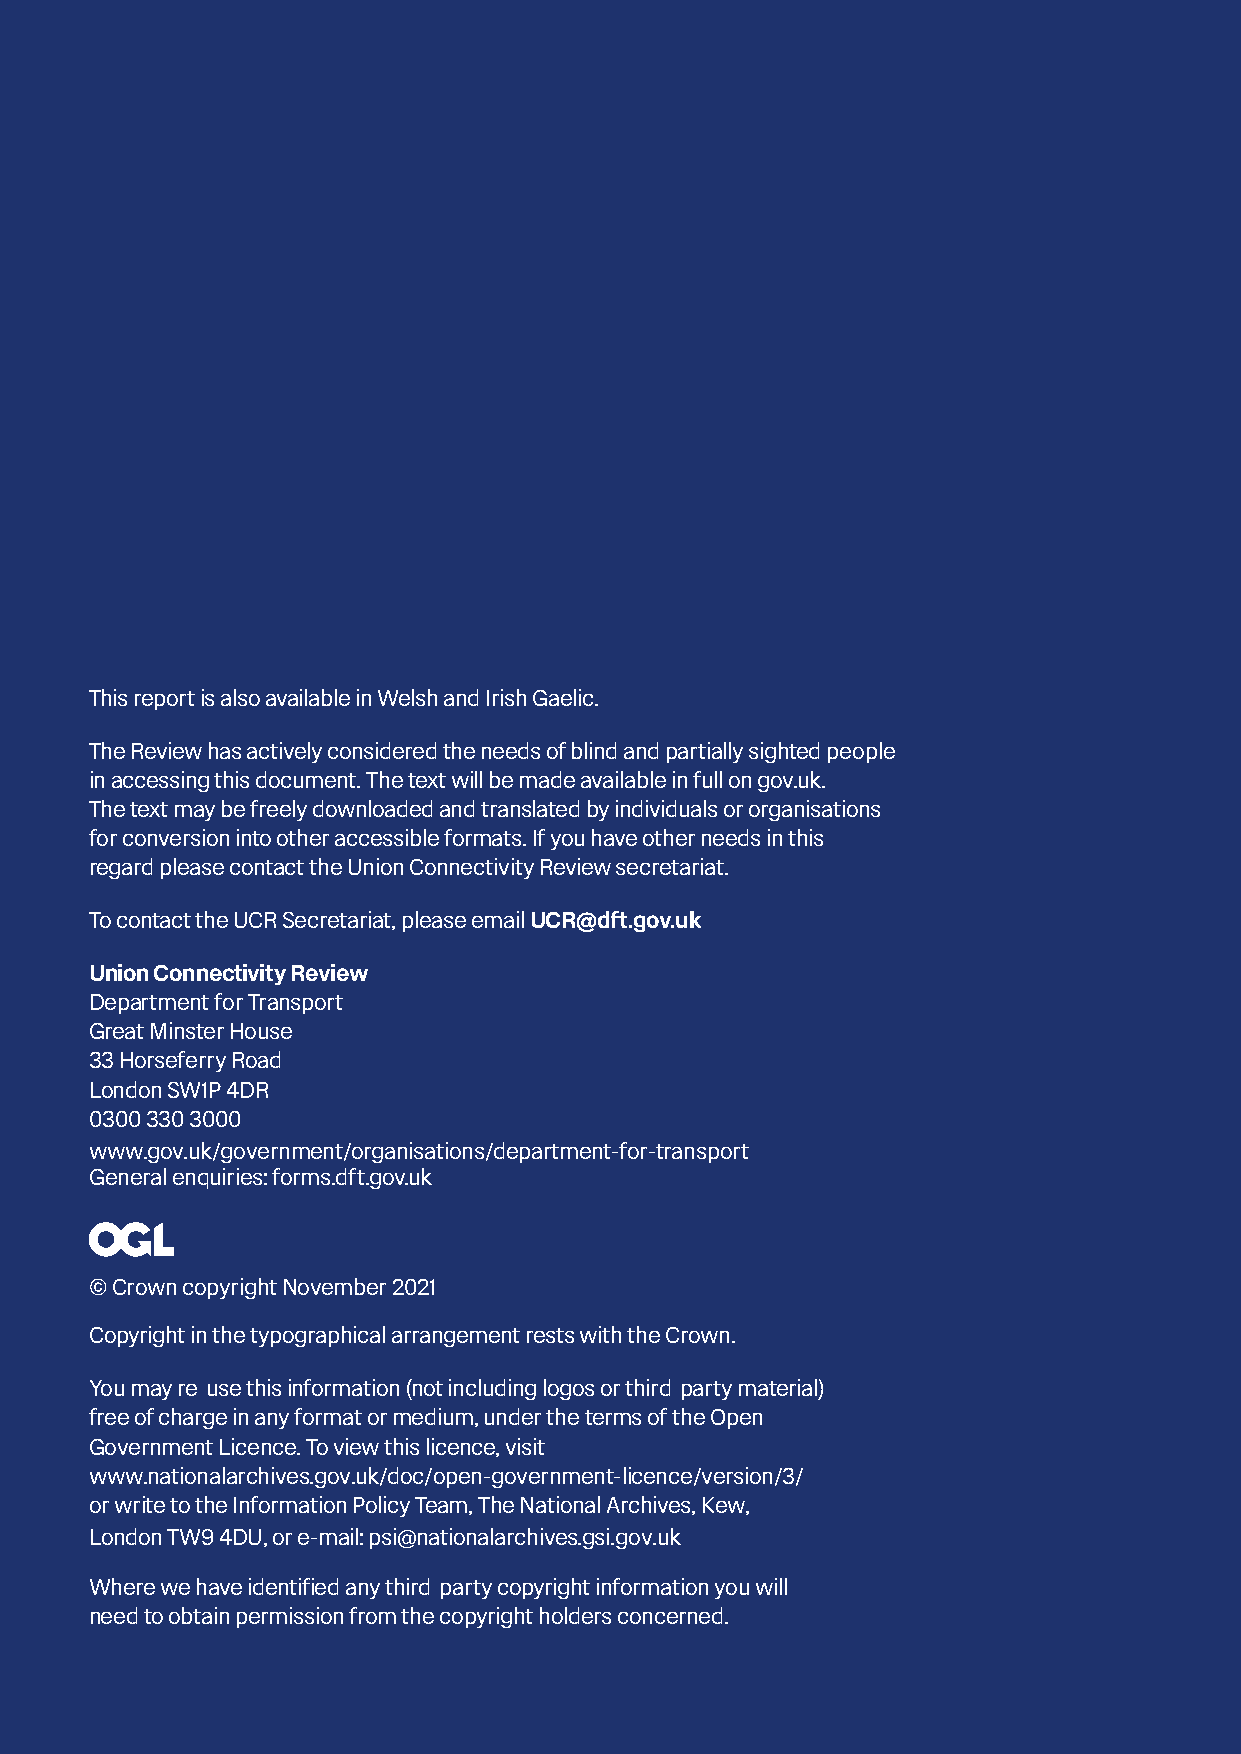
This report is also available in Welsh and Irish Gaelic.
 The Review has actively considered the needs of blind and partially sighted people
 in accessing this document. The text will be made available in full on gov.uk.
 The text may be freely downloaded and translated by individuals or organisations
 for conversion into other accessible formats. If you have other needs in this
 regard please contact the Union Connectivity Review secretariat.
 To contact the UCR Secretariat, please email UCR@dft.gov.uk
 Union Connectivity Review
 Department for Transport
 Great Minster House
 33 Horseferry Road
 London SW1P 4DR
 0300 330 3000
 www.gov.uk/government/organisations/department--fo-r-transpor t
 General enquiries: forms.dft.gov.uk
 © Crown copyright November 2021
 Copyright in the typographical arrangement rests with the Crown.
 You may re -use this information (not including logos or third -party material)
 free of charge in any format or medium, under the terms of the Open
 Government Licence. To view this licence, visit
 www.nationalarchives.gov.uk/doc/open--government-licence/version/3/
 or write to the Information Policy Team, The National Archives, Kew,
 London TW9 4-DU, or e-mail: psi@nationalarchives.gsi.gov.uk
 Where we have identified any third -party copyright information you will
 need to obtain permission from the copyright holders concerned.